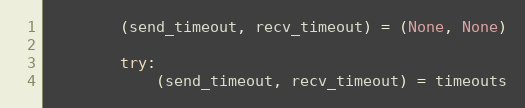
Language: Python
        (send_timeout, recv_timeout) = (None, None)

        try:
            (send_timeout, recv_timeout) = timeouts